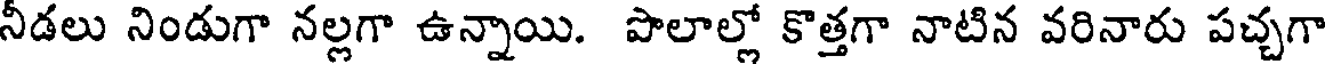
నీడలు నిండుగా నల్లగా ఉన్నాయి. పొలాల్లో కొత్తగా నాటిన వరినారు పచ్చగా